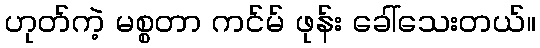
ဟုတ်ကဲ့ မစ္စတာ ကင်မ် ဖုန်း ခေါ်သေးတယ်။